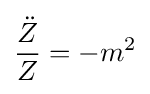
{\frac {\ddot {Z}}{Z}}=-m^{2}